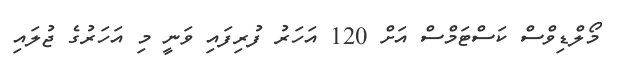
މޯލްޑިވްސް ކަސްޓަމްސް އަށް 120 އަހަރު ފުރިފައި ވަނީ މި އަހަރުގެ ޖުލައި